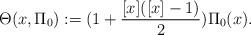
LaTeX: \begin{align*}\Theta (x,\Pi_{0}):=(1+\frac{[x]([x]-1)}{2})\Pi_{0}(x).\end{align*}